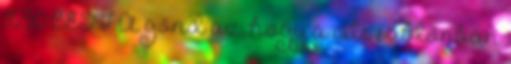
16:50 CEST A gond az, hogy a cite sablonban